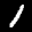
Label: 1